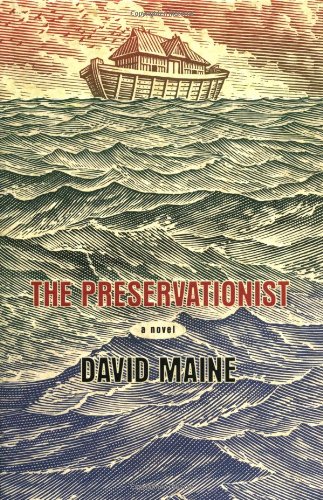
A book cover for The Preservationist; David Maine; Christian Books & Bibles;